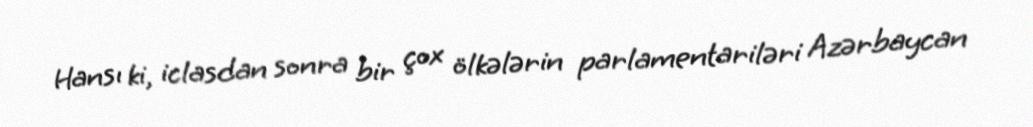
Hansı ki, iclasdan sonra bir çox ölkələrin parlamentariləri Azərbaycan